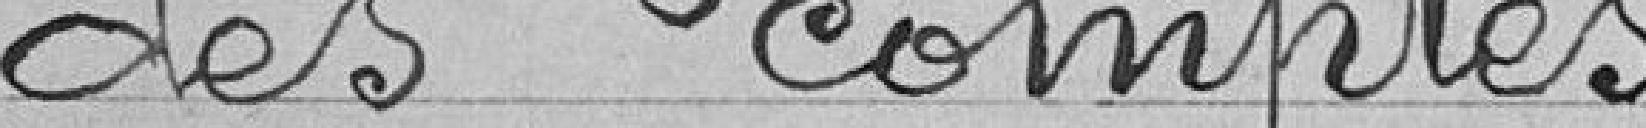
des comptes